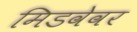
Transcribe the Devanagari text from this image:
मिडवेवर